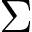
\Sigma